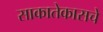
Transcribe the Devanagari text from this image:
साकातेकासचे